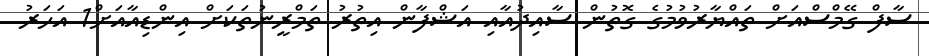
ސާފް ގޭމްސްއަށް ތައްޔާރުވުމުގެ ގޮތުން ސާއިދުއާއި އަޝްފާން އިތުރު ތަމްރީނުތަކަށް އިންޑިއާއަށް1 އަހަރު